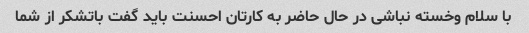
با سلام وخسته نباشی در حال حاضر به کارتان احسنت باید گفت باتشکر از شما